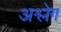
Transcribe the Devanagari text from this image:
अश्लेग